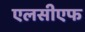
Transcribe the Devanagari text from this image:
एलसीएफ